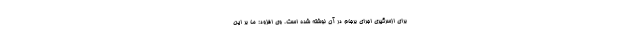
برای ازسرگیری اجرای برجام در آن نوشته شده است. وی افزود: ما بر این